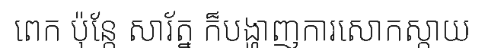
ពេក ប៉ុន្តែ សារ័ត្ន ក៏បង្ហាញការសោកស្តាយ